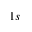
_ { 1 s }